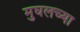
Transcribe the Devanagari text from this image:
मुघलच्या